Scottish Leaving Certificate Examination, 1956
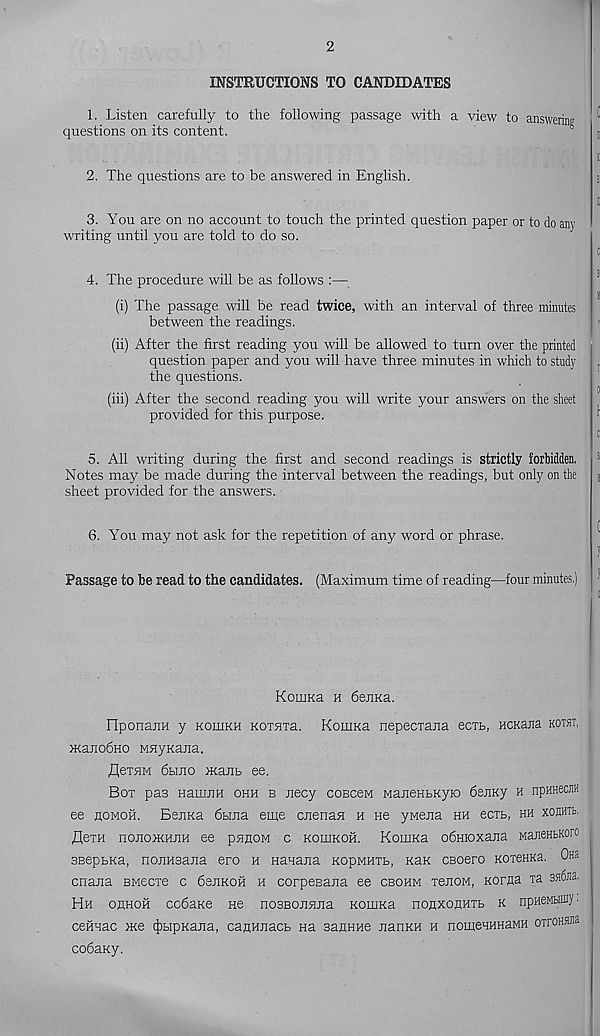
2
INSTRUCTIONS TO CANDIDATES
1. Listen carefully to the following passage with a view to answering
questions on its content.
2. The questions are to be answered in English.
3. You are on no account to touch the printed question paper or to do any
writing until you are told to do so.
4. The procedure will be as follows :—
(i) The passage will be read twice, with an interval of three minutes
between the readings.
(ii) After the first reading you will be allowed to turn over the printed
question paper and you will have three minutes in which to study
the questions.
(iii) After the second reading you will write your answers on the sheet
provided for this purpose.
5. All writing during the first and second readings is strictly forbidden.
Notes may be made during the interval between the readings, but only on the
sheet provided for the answers.
6. You may not ask for the repetition of any word or phrase.
Passage to be read to the candidates. (Maximum time of reading—four minutes.)
KouiKa h 6enKa.
FIponaiiH y koiiikh KOT^ra. KoiUKa nepecxana ecib, HCKana kotst,
McanobHO MflyKana.
fleTHM 6bmo oKant ee.
Box pas HaimiH ohh b jiecy cobcbm ManeHbKyio 6ejiKy h npuHecffl
ee homoh. BenKa 6bina eme cnenas h He ywena hh ectb, hh xonuTb.
fle™ nonojKHiiH ee pnnoM c kouikoh. KomKa odnioxajia wajieHbKoro
ssepbKa, nonnsajia ero h Hanajia kopmhtb, KaK CBoero KoreKKa. Oh.-.
cnana BMecxe c denKofi h corpeBana ee cbohm xenow, Korjja xa ssfina.
Hh ohhoh cobaKe ne nosBonjuia KomKa nonxoflHXb k npHeMbiiny'
ceftHac xee (JibipKajia, canHjiacb na sanHHe JianKH h nomeHHHaMH oxroHHJia
cobaKy.